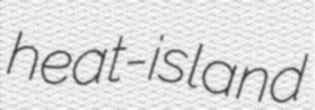
heat-island